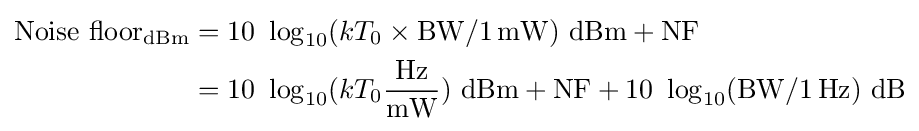
{\begin{aligned}{\text{Noise floor}}_{\textrm {dBm}}&=10\ \log _{10}(kT_{0}\times \mathrm {BW} /1\,{\textrm {mW}})\ {\textrm {dBm}}+\mathrm {NF} \\&=10\ \log _{10}(kT_{0}{\frac {\textrm {Hz}}{\textrm {mW}}})\ {\textrm {dBm}}+\mathrm {NF} +10\ \log _{10}(\mathrm {BW} /1\,{\textrm {Hz}})\ {\textrm {dB}}\end{aligned}}